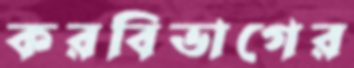
করবিভাগের